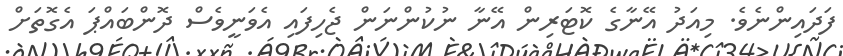
ފަދައިންނެވެ. މިއަދު އޭނާގެ ކޮޓަރިން އޭނާ ނުކުންނަން ޖެހިފައި އެވަނީވެސް ދޮންބައްޕަ އެގޮތަށް